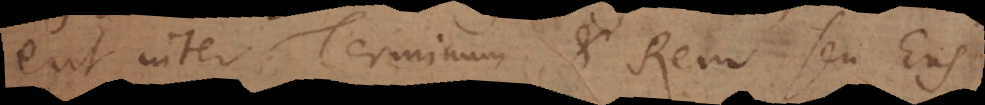
erit inter Terminum et Rem seu Ens